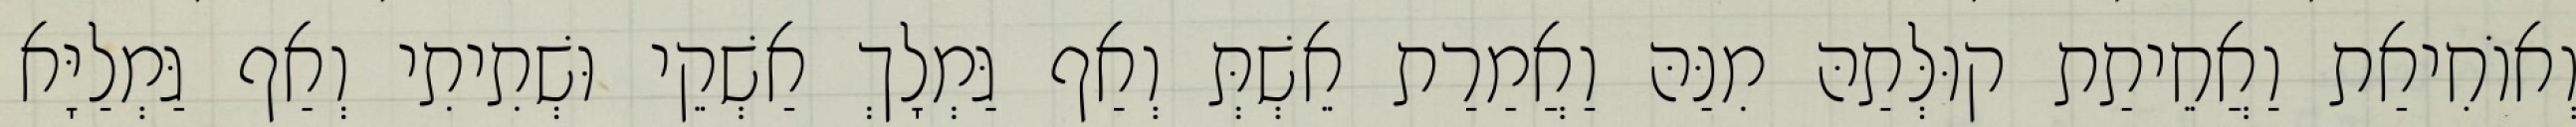
וְאוֹחִיאַת וַאֲחֵיתַת קוּלְּתַהּ מִנַּהּ וַאֲמַרַת אֵשְׁתְּ וְאַף גַּמְלָךְ אַשְׁקֵי וּשְׁתִיתִי וְאַף גַּמְלַיָּא